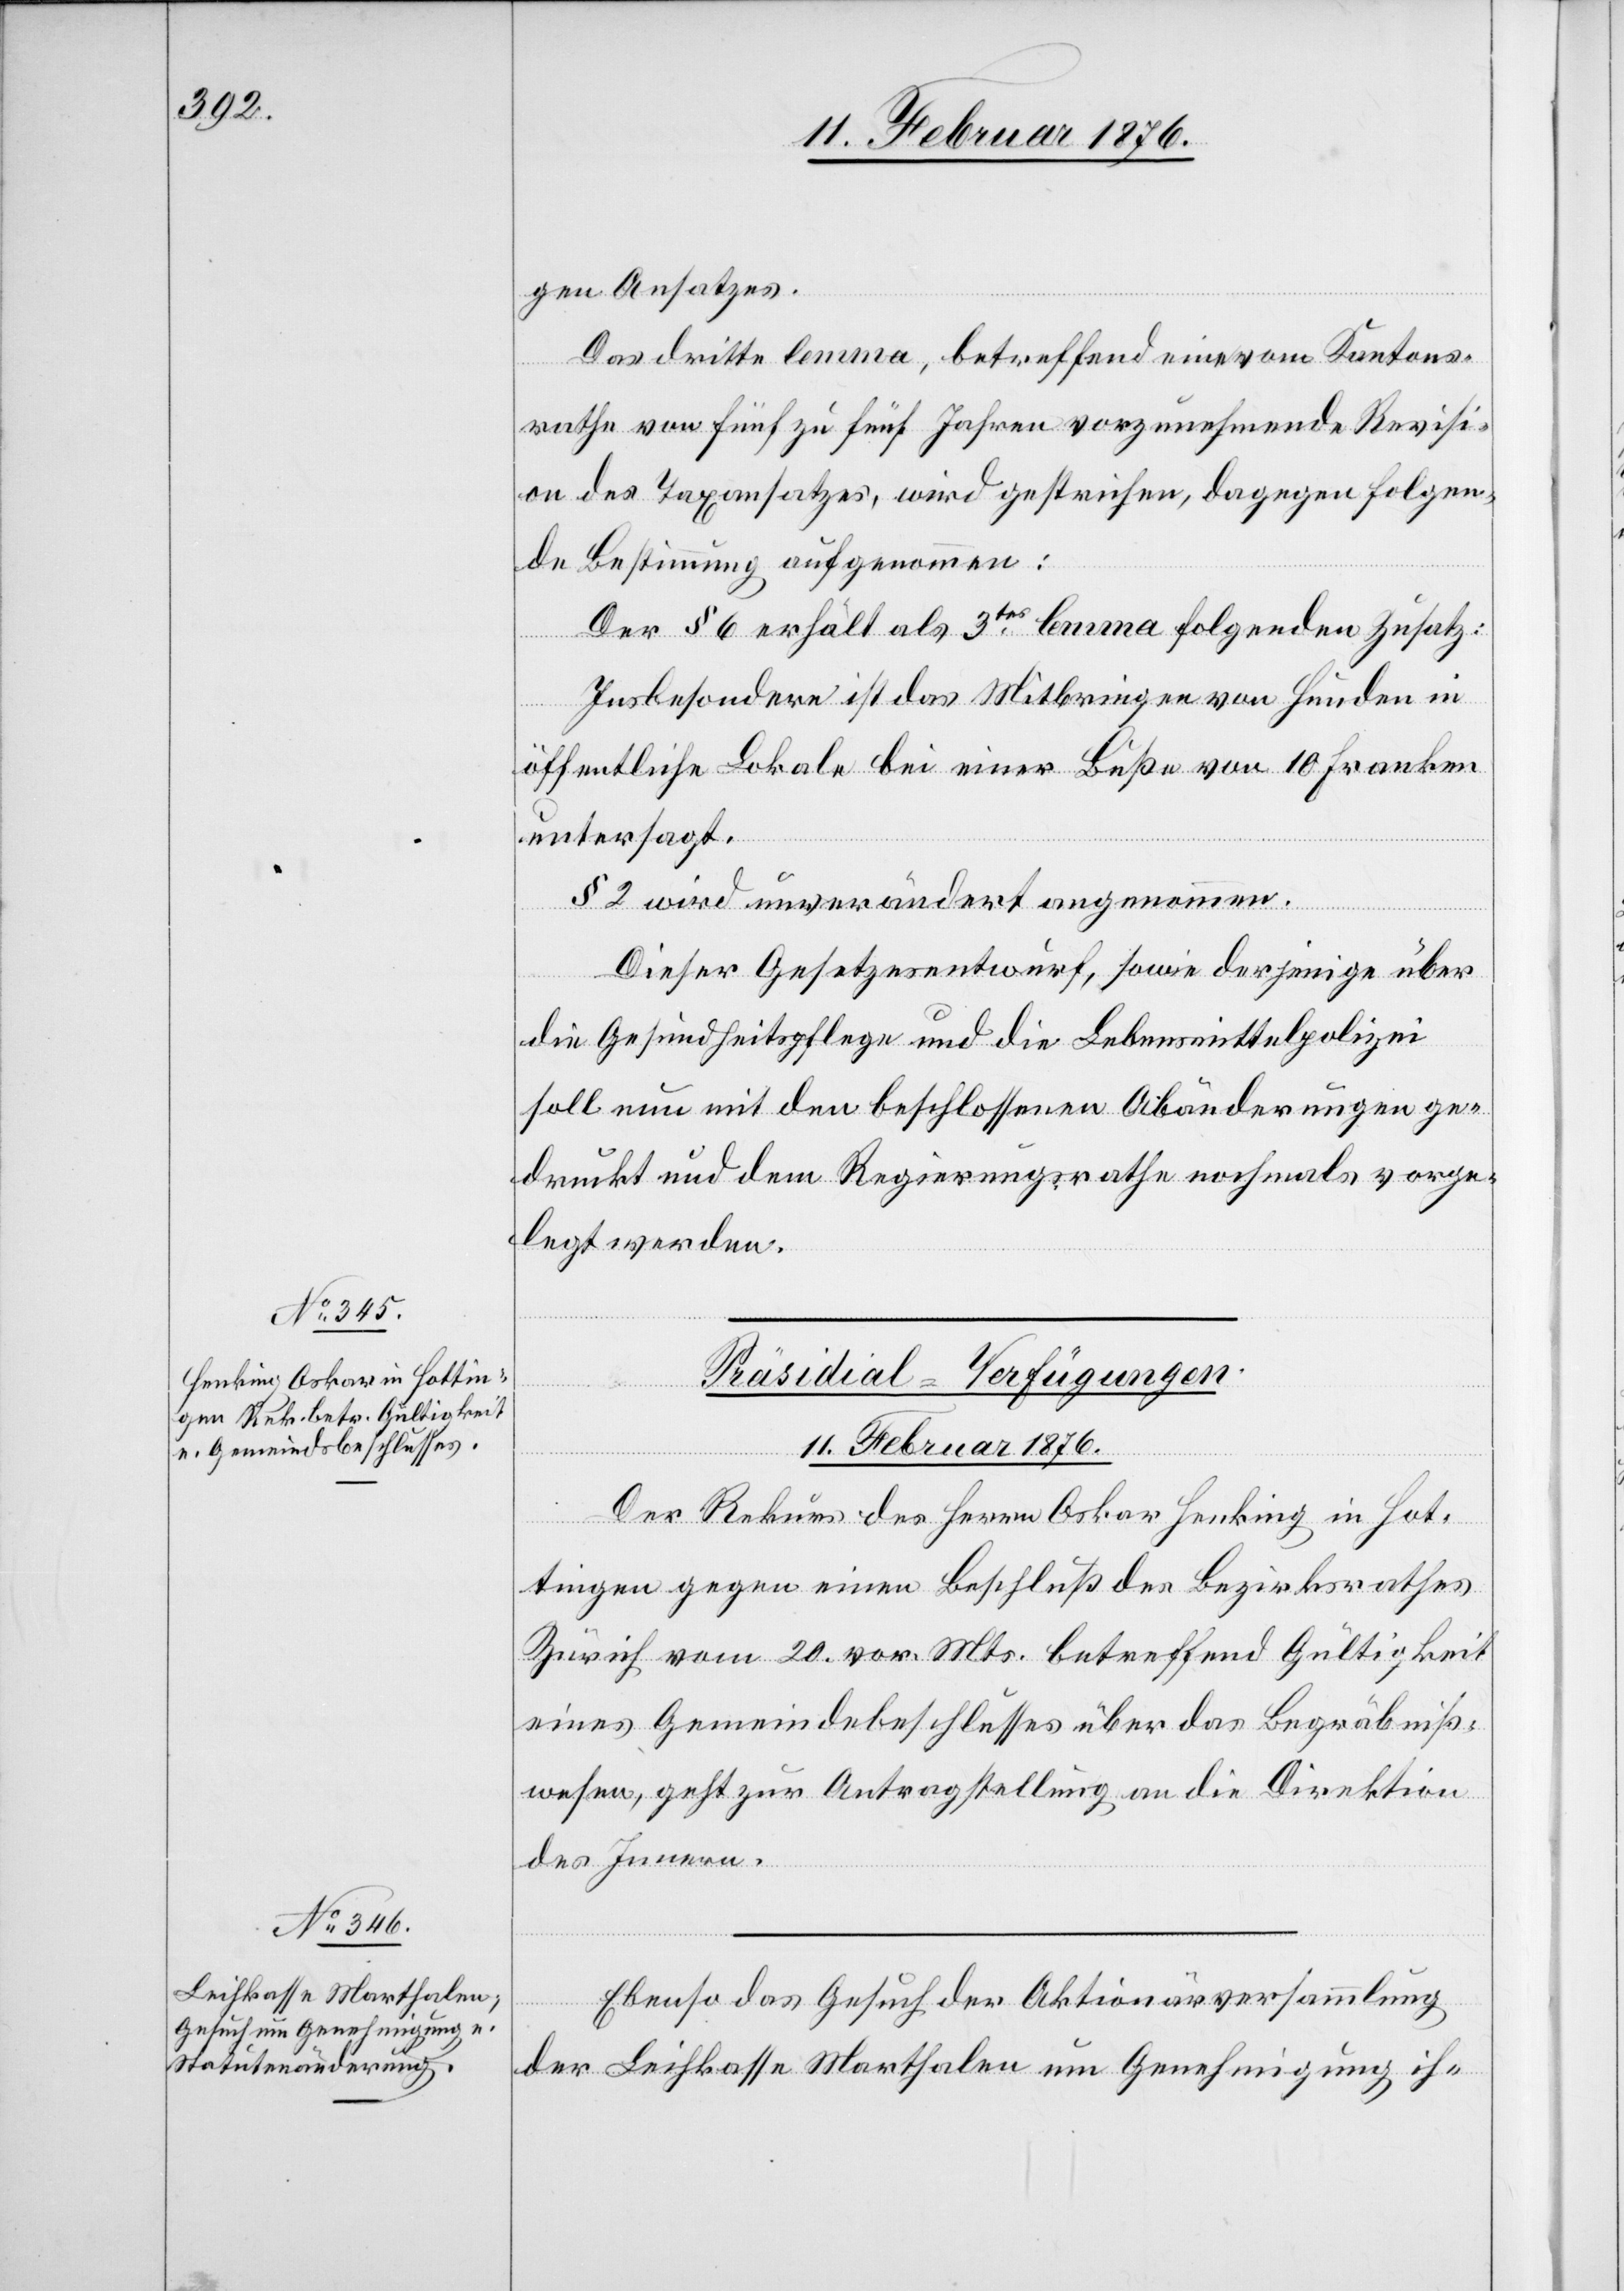
11. Februar 1876.]
gen Ansatzes.
Das dritte lemma, betreffend eine vom Kantons¬
rathe von fünf zu fünf Jahren vorzunehmende Revisi¬
on des Taxengesetzes, wird gestrichen, dagegen folgen¬
de Bestimmung aufgenommen:
Der § 6 erhält als 3tes lemma folgenden Zusatz:
Insbesondere ist das Mitbringen von Hunden in
öffentliche Lokale bei einer Buße von 10 Franken
untersagt.
§ 2 wird unverändert übernommen.
Dieser Gesetzesentwurf, sowie derjenige über
die Gesundheitspflege und die Lebensmittelpolizei
soll nun mit den beschlossenen Abänderungen ge¬
druckt und dem Regierungsrathe nochmals vorge¬
legt werden.
[Präsidial-Verfügungen.
11. Februar 1876.
Der Rekurs des Herrn Oskar Henking in Hot¬
tingen gegen einen Beschluß des Bezirksrathes
Zürich vom 20. vor. Mts. betreffend Gültigkeit
eines Gemeindebeschlusses über das Begräbniß¬
wesen, geht zur Antragstellung an die Direktion
des Innern.
[Fortsetzung
Ebenso das Gesuch der Aktionärversammlung
der Leihkasse Marthalen um Genehmigung ih-